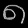
Digit: ၈